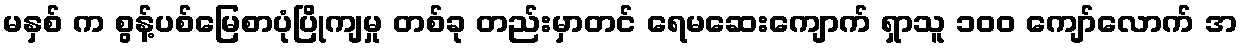
မနှစ် က စွန့်ပစ်မြေစာပုံပြိုကျမှု တစ်ခု တည်းမှာတင် ရေမဆေးကျောက် ရှာသူ ၁၀၀ ကျော်လောက် အ